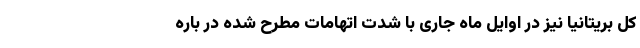
کل بریتانیا نیز در اوایل ماه جاری با شدت اتهامات مطرح شده در باره